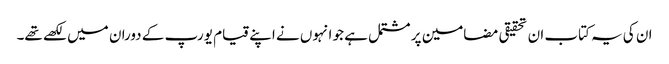
ان کی یہ کتاب ان تحقیقی مضامین پر مشتمل ہے جو انہوں نے اپنے قیام یورپ کے دوران میں لکھے تھے۔